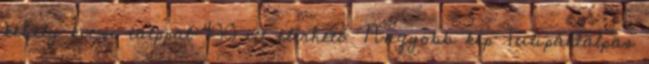
kehely kicsi talppal 400 itt elérhető Nagyobb kép Tulipántalpas